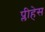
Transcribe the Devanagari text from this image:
प्लीहेस